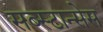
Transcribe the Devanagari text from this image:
सब्स्टान्सेस